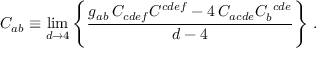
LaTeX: C _ { a b } \equiv \operatorname * { l i m } _ { d \rightarrow 4 } \left\{ { \frac { g _ { a b } \, C _ { c d e f } C ^ { c d e f } - 4 \, C _ { a c d e } C _ { b } ^ { \ c d e } } { d - 4 } } \right\} \, .